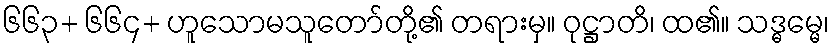
၆၆၃+ ၆၆၄+ ဟူသောမသူတော်တို့၏ တရားမှ။ ဝုဋ္ဌာတိ၊ ထ၏။ သဒ္ဓမ္မေ၊